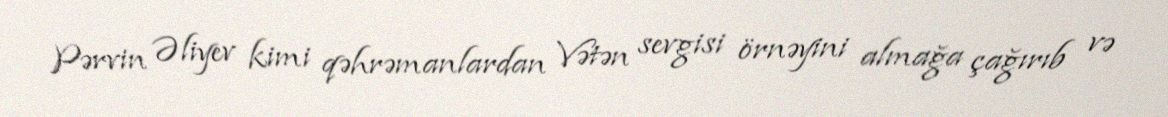
Pərvin Əliyev kimi qəhrəmanlardan Vətən sevgisi örnəyini almağa çağırıb və